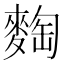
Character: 𪌼